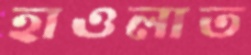
হাওলাত